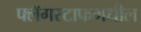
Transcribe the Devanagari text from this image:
फ्लॅगस्टाफमधील